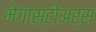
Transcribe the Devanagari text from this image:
मेगास्टोअर्स